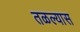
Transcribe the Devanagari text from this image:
तळल्यास